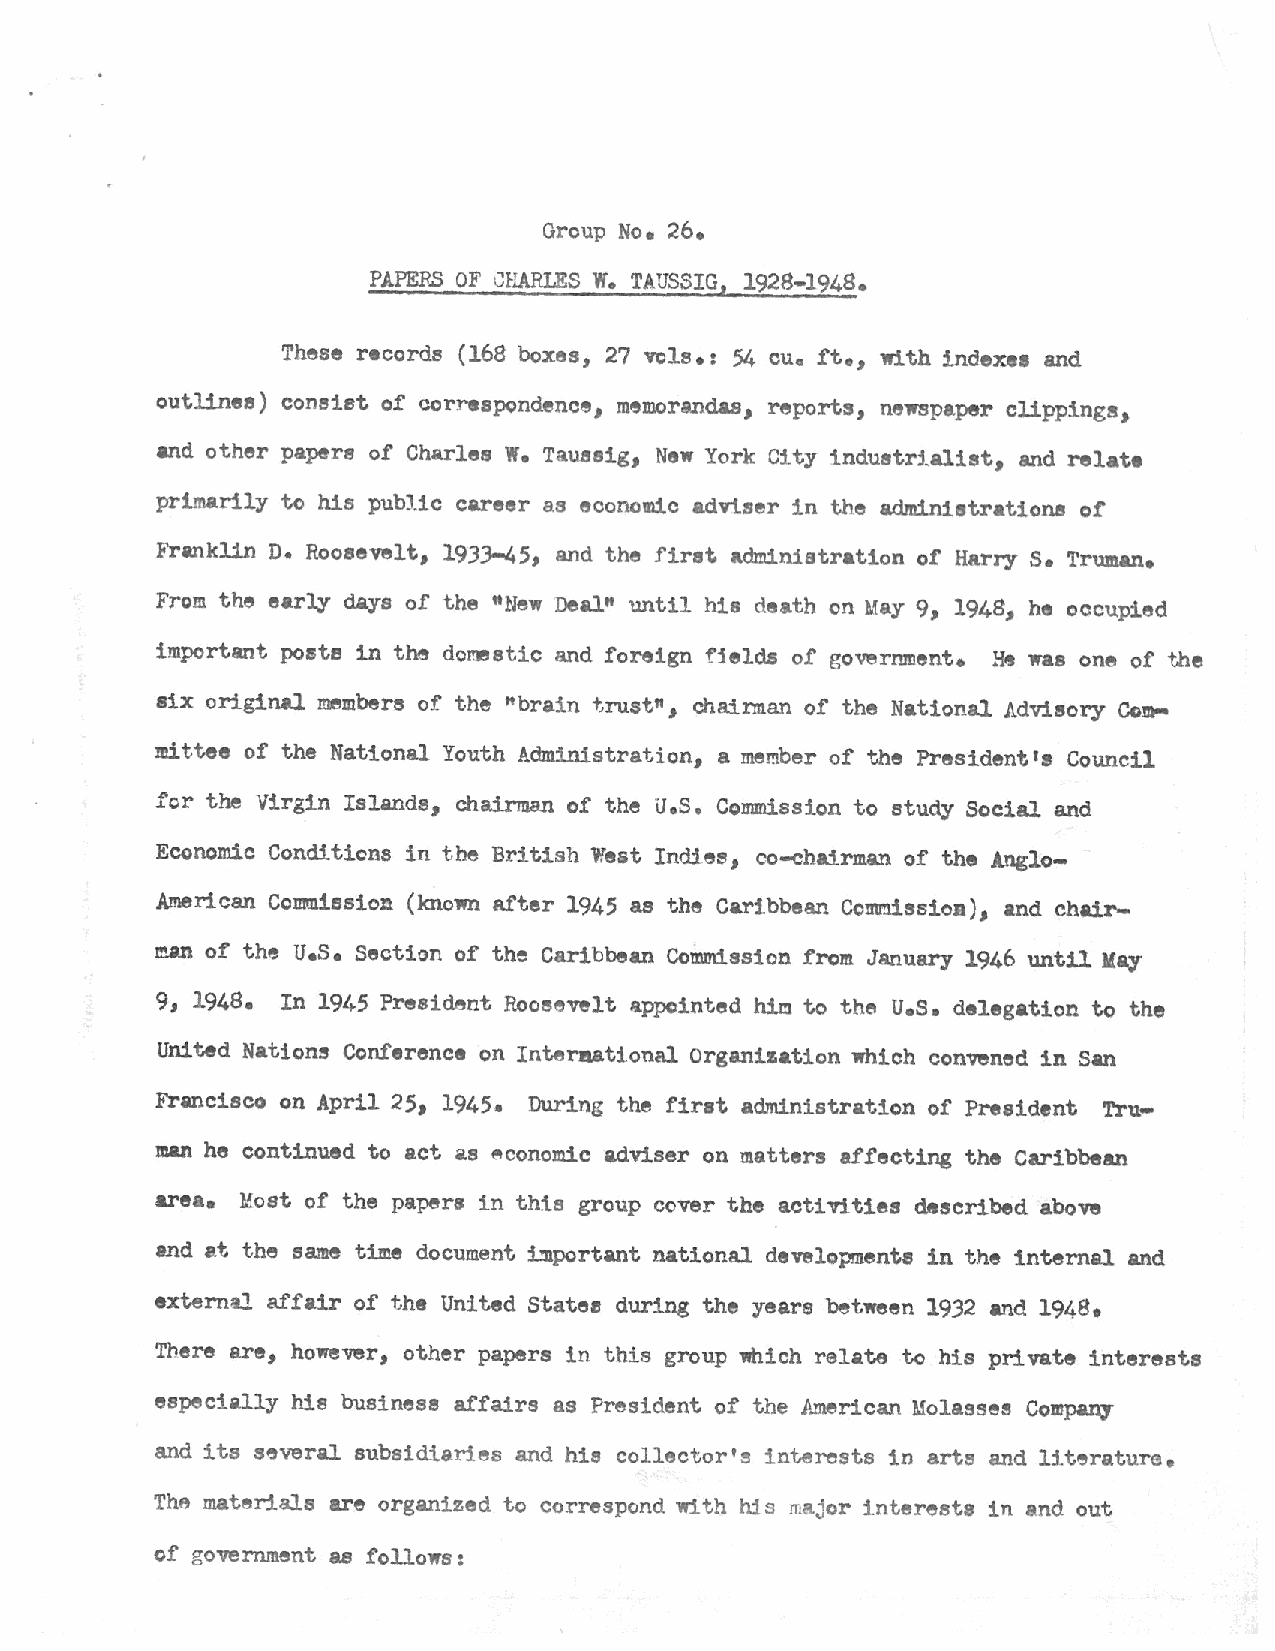
Group No. 26.
 PAPERS OF G~~S W. TAUSSIG, 1928-1948.
 These records (168 boxes, 2? VQls.: 54 cu. ft., with indexes and
 outlines) consist of correspondence, memorandas, reports nel'Spaper clipping!!
 1                1
 and other papers of Charles w. Ta.useig New York City 1.ndustrlalist, and relate
 1
 primarily to his public career as economic adviser in the administrations of
 F'ranklin D. Roosevelt, 1933-45, and the first administration of Harry s. Truman.
 From the early days of the "New Deal" until his death on May 9, 1948, he occupied
 important posts in the domestic and foreign fields of government. He was one of the
 six original members of the rtbrain trust", chairman of the National Advisory Com
 mittee of the National Youth Administration, a member of the President's Council
 for the Virgin Islands, chairman of the u.s. Commission to study Social and
 Economic Conditions in the British West Inctlee, co-chairman of the Anglo-
 American Co:amission (known after 1945 as the Caribbean Comr.rl.ssioa), and chair-
 em  of the u.s. Section of the Caribbean Commission fi'Qm January 1946 untU Kay
 9 1 1948. In 1945 President Roosevelt appointed him to th~ u.s. delegation to the
 United Nations Conference on Interaational Organization which convened in San
 Francisco on April 25 1 1945. During the first administration of President Tru-
 man he continued to act as ~conomic adviser on matters affecting the Caribbean
 area. Uost of the papers in this group cover the acti~ties described above
 and at the same time document important national developnente in the internal and
 extern~ affair of the United Statee during the years between 1932 and 1948•
 Tnere are, however, other papers in this group which relate to his private interests
 especially his businese affairs as President of the American Molasses Compaqy
 and its s~veral subsidiaries and his collector'~ interests in arts and literature.
 The materials are organized to correspond With his major intereets in and out
 of government as follows: